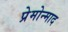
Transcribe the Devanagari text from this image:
प्रेमोन्माद